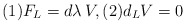
\begin{align*}(1) F_L = d\lambda\, V, (2) d_L V = 0\end{align*}